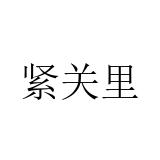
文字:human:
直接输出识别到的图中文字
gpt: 紧关里